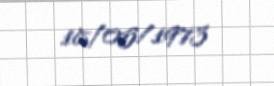
18/05/1973